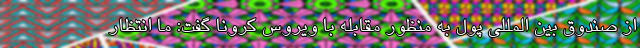
از صندوق بین المللی پول به منظور مقابله با ویروس کرونا گفت: ما انتظار